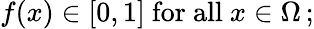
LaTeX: f(x)\in[0,1]{\mathrm{~for~all~}}x\in\Omega\, ;